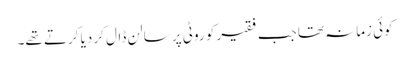
کوئی زمانہ تھا جب فقیر کو روٹی پر سالن ڈال کر دیا کرتے تھے۔